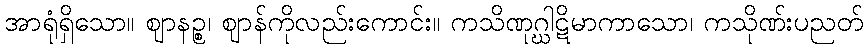
အာရုံရှိသော။ ဈာနဉ္စ၊ ဈာန်ကိုလည်းကောင်း။ ကသိဏုဂ္ဃါဋိမာကာသော၊ ကသိုဏ်းပညတ်